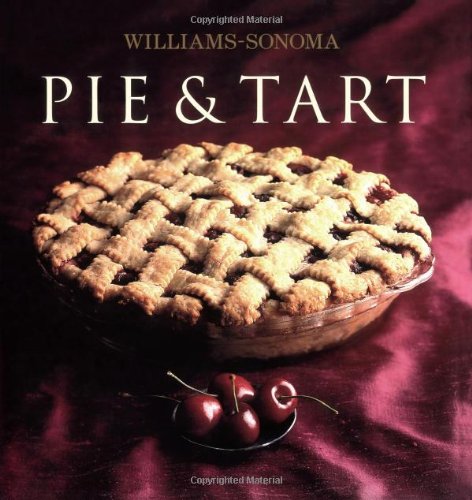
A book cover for Williams-Sonoma Collection: Pie & Tart; Carolyn Beth Weil; Cookbooks, Food & Wine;